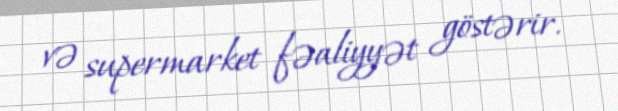
və supermarket fəaliyyət göstərir.